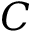
C